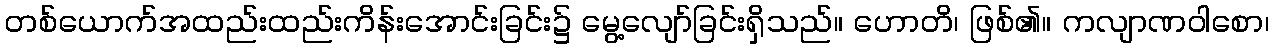
တစ်ယောက်အထည်းထည်းကိန်းအောင်းခြင်း၌ မွေ့လျော်ခြင်းရှိသည်။ ဟောတိ၊ ဖြစ်၏။ ကလျာဏဝါစော၊